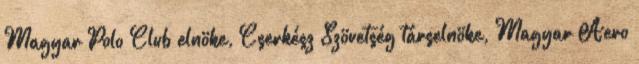
Magyar Polo Club elnöke, Cserkész Szövetség társelnöke, Magyar Aero